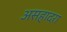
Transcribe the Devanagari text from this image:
असहादरा